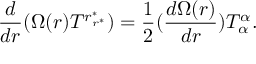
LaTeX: \frac { d } { d r } ( \Omega ( r ) T ^ { r _ { r ^ { \ast } } ^ { \ast } } ) = \frac { 1 } { 2 } ( \frac { d \Omega ( r ) } { d r } ) T _ { \alpha } ^ { \alpha } .